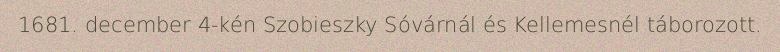
1681. december 4-kén Szobieszky Sóvárnál és Kellemesnél táborozott.